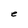
Character: e